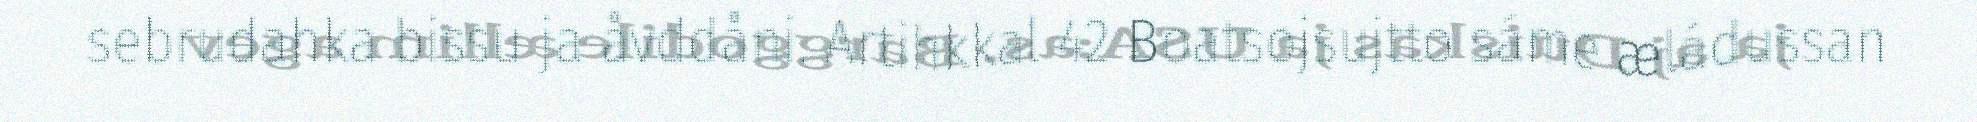
sebrudahka bissu ja åvddåni. Artihkkal 42 Boatsojsujtto sáme æládussan